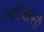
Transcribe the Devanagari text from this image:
तॉरिचेल्ली